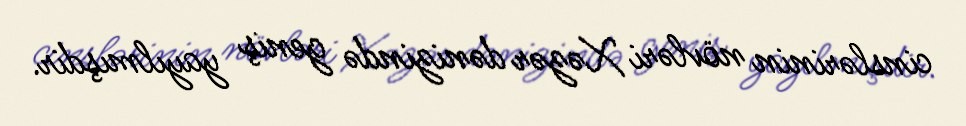
cinslərinin növləri Xəzər dənizində geniş yayılmışdir.